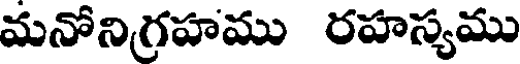
మనోనిగ్రహము రహస్యము